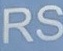
RS